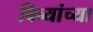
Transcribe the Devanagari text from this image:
बिब्यांच्या